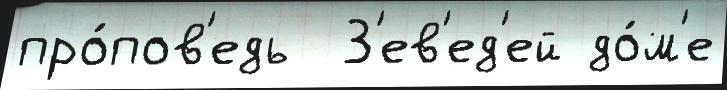
про́пов'едь  З'ев'ед'ей до́м'е